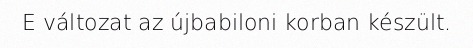
E változat az újbabiloni korban készült.